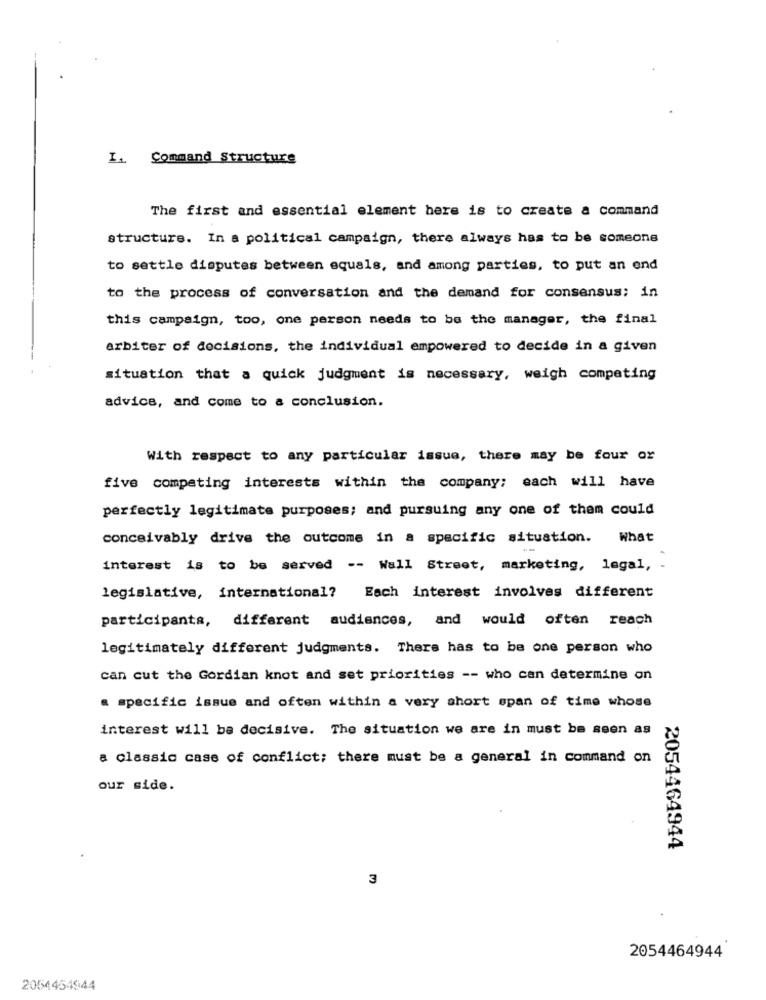
I .. Command Structure
The first and essential element here is to create a command
structure. In a political campaign, there always has to be someone
to settle disputes between equals, and among parties, to put an end
to the process of conversation and the demand for consensus; in
this campaign, too, one person needs to be the manager, the final
arbiter of decisions, the individual empowered to decide in a given
situation that a quick judgment is necessary, weigh competing
advice, and come to a conclusion.
With respect to any particular issue, there may be four or
five competing interests within the company; each will have
perfectly legitimate purposes; and pursuing any one of them could
conceivably drive the outcome in a specific situation.
What
interest is to be served -- Wall Street, marketing, legal, .
legislative, international? Each interest involves different
participants, different audiences, and would often reach
legitimately different judgments. There has to be one person who
can cut the Gordian knot and set priorities -- who can determine on
a specific issue and often within a very short span of time whose
interest will be decisive. The situation we are in must be seen as
a classic case of conflict; there must be a general in command on
our side.
2054464944
3
2054464944
2054454944